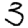
Digit: 3